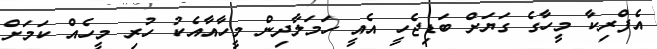
އެފްރިކާ މީހާގެ ގަޔަށް ބަޑިޖެހީ އެއީ ހަމަލާދިން މީހާއާއެކު ހުރި މީހެއް ކަމަށް